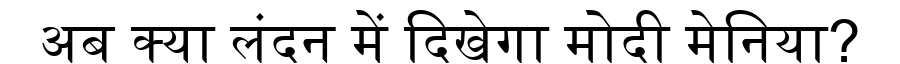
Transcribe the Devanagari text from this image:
अब क्या लंदन में दिखेगा मोदी मेनिया?